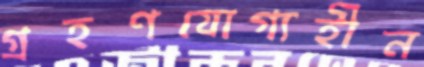
গ্রহণযোগ্যহীন